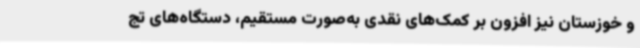
و خوزستان نیز افزون بر کمک‌های نقدی به‌صورت مستقیم، دستگاه‌های تج